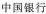
中国银行